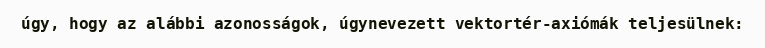
úgy, hogy az alábbi azonosságok, úgynevezett vektortér-axiómák teljesülnek: